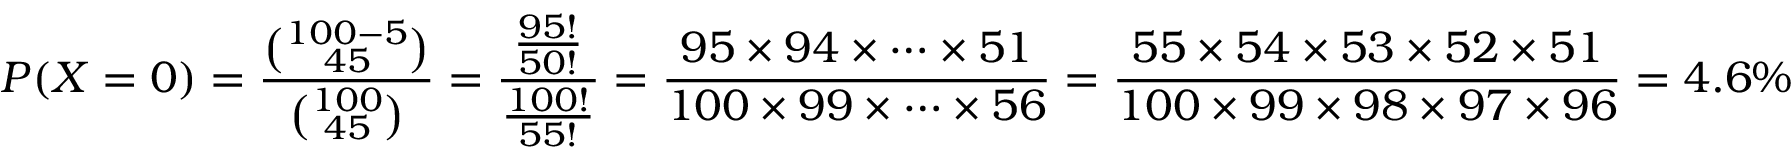
P ( X = 0 ) = { \frac { \binom { 1 0 0 - 5 } { 4 5 } } { \binom { 1 0 0 } { 4 5 } } } = { \frac { \frac { 9 5 ! } { 5 0 ! } } { \frac { 1 0 0 ! } { 5 5 ! } } } = { \frac { 9 5 \times 9 4 \times \cdots \times 5 1 } { 1 0 0 \times 9 9 \times \cdots \times 5 6 } } = { \frac { 5 5 \times 5 4 \times 5 3 \times 5 2 \times 5 1 } { 1 0 0 \times 9 9 \times 9 8 \times 9 7 \times 9 6 } } = 4 . 6 \%